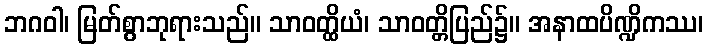
ဘဂဝါ၊ မြတ်စွာဘုရားသည်။ သာဝတ္ထိယံ၊ သာဝတ္တိပြည်၌။ အနာထပိဏ္ဍိကဿ၊